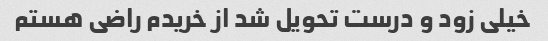
خیلی زود و درست تحویل شد از خریدم راضی هستم